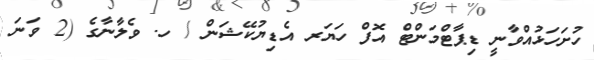
ހުށަހަޅުއްވާނީ ޑިޕާޓްމަންޓް އޮފް ހަޔަރ އެޑިޔުކޭޝަން / ހ. ވެލާނާގެ (2 ވަނަ